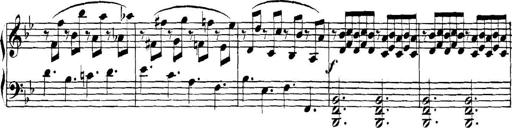
Title: Collected Piano Sonatas
Composer: Muzio Clementi